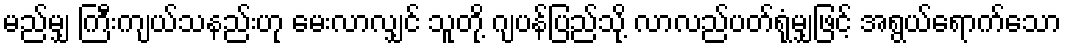
မည်မျှ ကြီးကျယ်သနည်းဟု မေးလာလျှင် သူတို့ ဂျပန်ပြည်သို့ လာလည်ပတ်ရုံမျှဖြင့် အရွယ်ရောက်သော